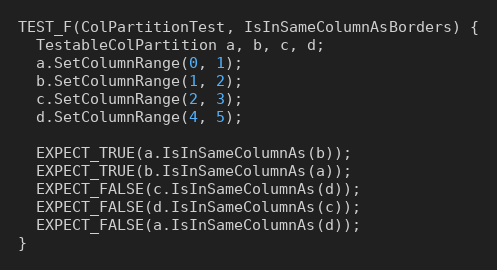
Language: C++
TEST_F(ColPartitionTest, IsInSameColumnAsBorders) {
  TestableColPartition a, b, c, d;
  a.SetColumnRange(0, 1);
  b.SetColumnRange(1, 2);
  c.SetColumnRange(2, 3);
  d.SetColumnRange(4, 5);

  EXPECT_TRUE(a.IsInSameColumnAs(b));
  EXPECT_TRUE(b.IsInSameColumnAs(a));
  EXPECT_FALSE(c.IsInSameColumnAs(d));
  EXPECT_FALSE(d.IsInSameColumnAs(c));
  EXPECT_FALSE(a.IsInSameColumnAs(d));
}